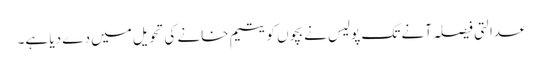
عدالتی فیصلہ آنے تک پولیس نے بچوں کو یتیم خانے کی تحویل میں دے دیا ہے۔